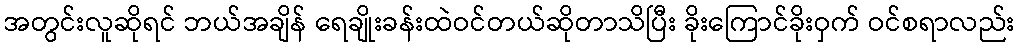
အတွင်းလူဆိုရင် ဘယ်အချိန် ရေချိုးခန်းထဲဝင်တယ်ဆိုတာသိပြီး ခိုးကြောင်ခိုးဝှက် ဝင်စရာလည်း